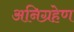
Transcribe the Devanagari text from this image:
अनिग्रहेण